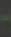
-